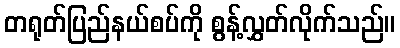
တရုတ်ပြည်နယ်စပ်ကို စွန့်လွှတ်လိုက်သည်။